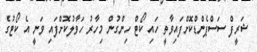
ޝަރީފް ސަސްޕެންޑްކޮށްފައިވާތީ ހައި ކޯޓް ހިންގުން މިހާރު ހަވާލުކޮށްފައި ވަނީ އެ ކޯޓުގެ